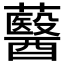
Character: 鿀